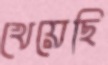
খেয়েছি